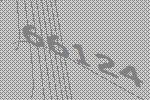
66124